Causation and prevention of malarial fevers: a statement of the results of researches drawn up for the use of assistant surgeons, hospital assistants and students
Disease focus: Malaria
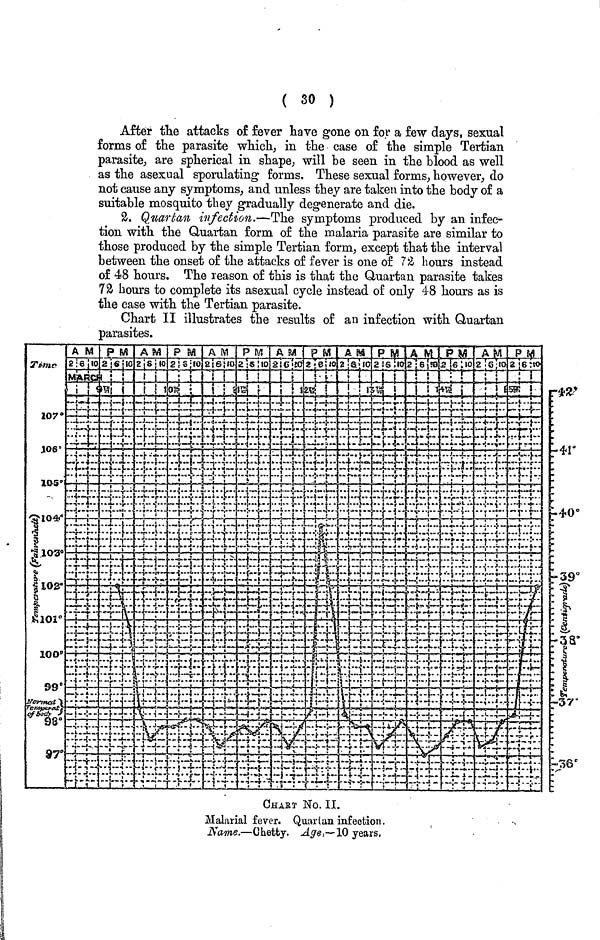
( 30 )
After the attacks of fever have gone on for a few days, sexual
forms of the parasite which, in the case of the simple Tertian
parasite, are spherical in shape, will be seen in the blood as well
as the asexual sporulating forms. These sexual forms, however, do
not cause any symptoms, and unless they are taken into the body of a
suitable mosquito they gradually degenerate and die.
2. Quartan infection.—The symptoms produced by an infec-
tion with the Quartan form of the malaria parasite are similar to
those produced by the simple Tertian form, except that the interval
between the onset of the attacks of fever is one of 72 hours instead
of 48 hours. The reason of this is that the Quartan parasite takes
72 hours to complete its asexual cycle instead of only 48 hours as is
the case with the Tertian parasite.
Chart II illustrates the results of an infection with Quartan
parasites.
CHART No. II.
Malarial fever. Quartan infection.
Name.—Chetty. Age,—10 years.